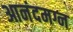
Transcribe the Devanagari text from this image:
आनंदमग्न